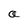
Character: a